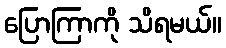
ပြောကြာကို သိရမယ်။